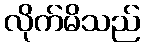
လိုက်မိသည်